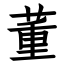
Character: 董